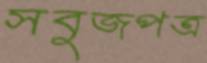
সবুজপত্র